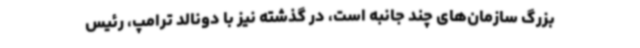
بزرگ سازمان‌های چند جانبه است، در گذشته نیز با دونالد ترامپ، رئیس